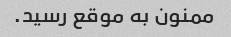
ممنون به موقع رسید.